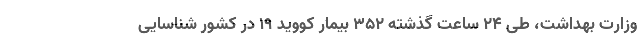
وزارت بهداشت، طی ۲۴ ساعت گذشته ۳۵۲ بیمار کووید ۱۹ در کشور شناسایی